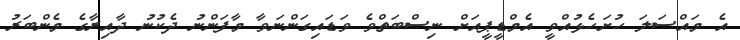
އެ މައްސަލަ ހުށަހެޅުއްވީ އެމްޑީޕީއަށް ނިސްބަތްވެ ވަޑައިގަންނަވާ މާފަންނު ދެކުނު ދާއިރާގެ މެންބަރު